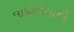
વાઘોડિયાની